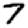
Digit: 7